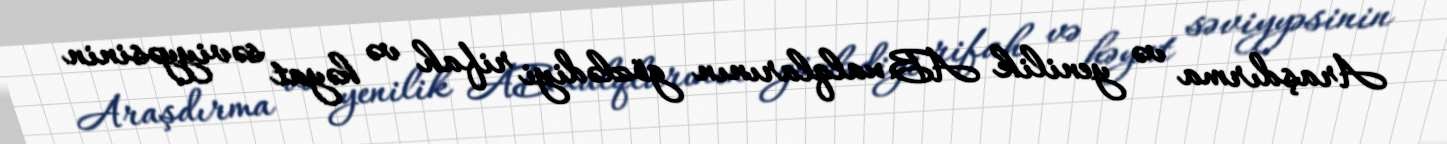
Araşdırma və yenilik AB xalqlarının gözlədiyi rifah və həyat səviyyəsinin